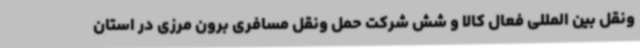
ونقل بین المللی فعال کالا و شش شرکت حمل ونقل مسافری برون مرزی در استان